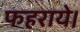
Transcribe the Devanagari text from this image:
फहराये।